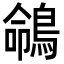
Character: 𪂤